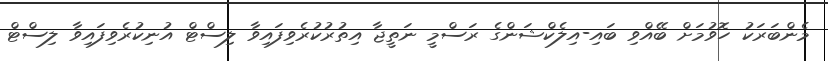
މެންބަރަކު ހޮވުމަށް ބޭއްވި ބައި-އިލެކްޝަންގެ ރަސްމީ ނަތީޖާ އިތުރުކުރެވިފައިވާ ލިސްޓް އުނިކުރެވިފައިވާ ލިސްޓް